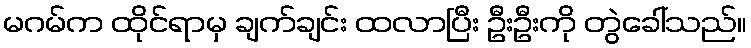
မဂမ်က ထိုင်ရာမှ ချက်ချင်း ထလာပြီး ဦးဦးကို တွဲခေါ်သည်။